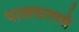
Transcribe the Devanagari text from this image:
पालघरमधे